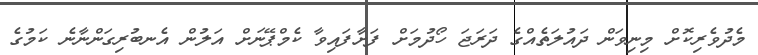
މެދުވެރިކޮށް މިނިވަން ދައުލަތެއްގެ ދަރަޖަ ހޯދުމަށް ފަށާފައިވާ ކެމްޕޭނަށް އަލުން އެނބުރިގަންނާނެ ކަމުގެ